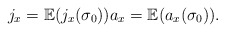
\begin{align*}j_x=\mathbb{E}(j_x(\sigma_0))a_x=\mathbb{E}(a_x(\sigma_0)).\end{align*}